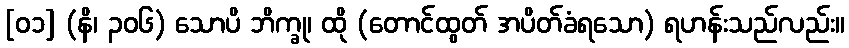
[၀၁] (နိ၊ ၃၀၆) သောပိ ဘိက္ခု၊ ထို (တောင်ထွတ် အပိတ်ခံရသော) ရဟန်းသည်လည်း။